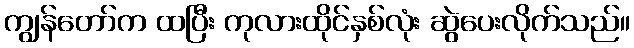
ကျွန်တော်က ထပြီး ကုလားထိုင်နှစ်လုံး ဆွဲပေးလိုက်သည်။